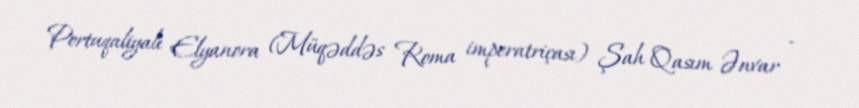
Portuqaliyalı Elyanora (Müqəddəs Roma imperatriçası) Şah Qasım Ənvar -